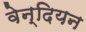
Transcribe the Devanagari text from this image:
वेन्दियन